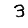
Digit: 3